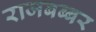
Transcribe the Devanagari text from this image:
राजबब्बर